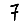
Digit: 7